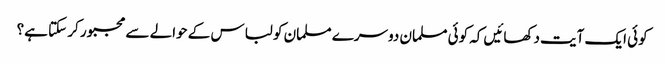
کوئی ایک آیت دکھائیں کہ کوئی مسلمان دوسرے مسلمان کو لباس کے حوالے سے مجبور کر سکتا ہے؟